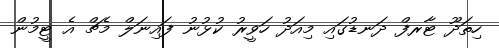
ހިތަދޫ ޓާރފް ދަނޑުގައި މިއަދު ހަވީރު ކުޅުނު ފައިިނަލް މެޗް އެ ޓީމުން